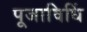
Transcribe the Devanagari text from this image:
पूजाविधिं